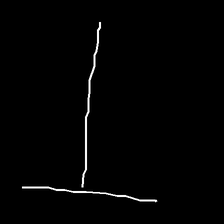
Glyph: column